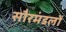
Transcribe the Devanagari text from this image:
सौरमंडलों